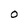
Character: O